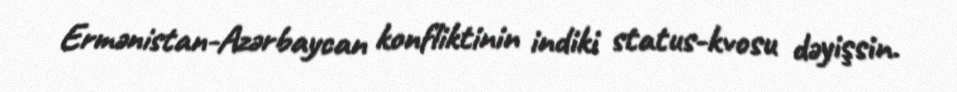
Ermənistan-Azərbaycan konfliktinin indiki status-kvosu dəyişsin.